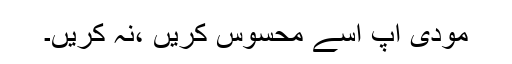
مودی آپ اسے محسوس کریں ،نہ کریں۔